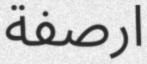
ارصفة